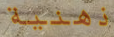
ذهنية